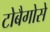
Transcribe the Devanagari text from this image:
टोबैगोसे